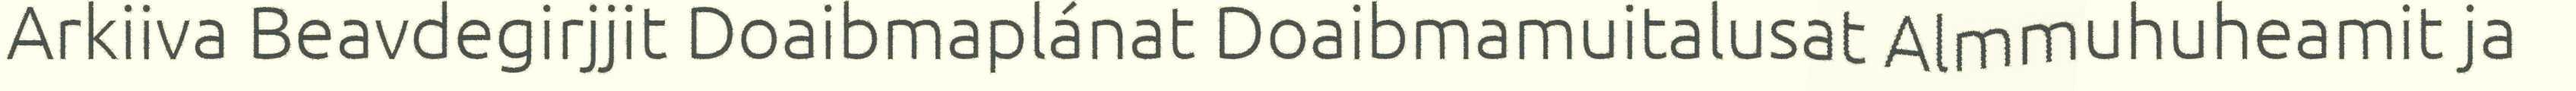
Arkiiva Beavdegirjjit Doaibmaplánat Doaibmamuitalusat Almmuhuheamit ja